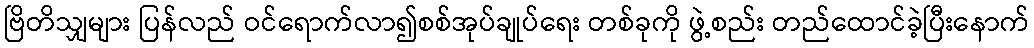
ဗြိတိသျှများ ပြန်လည် ဝင်ရောက်လာ၍စစ်အုပ်ချုပ်ရေး တစ်ခုကို ဖွဲ့စည်း တည်ထောင်ခဲ့ပြီးနောက်